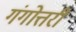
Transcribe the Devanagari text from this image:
गंगोत्तरी